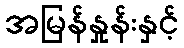
အမြန်နှုန်းနှင့်